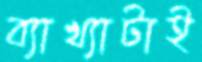
ব্যাখ্যাটাই